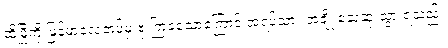
ထိုမြို့ကို မြန်မာ့လေတပ်မှ ဗုံးကြဲခဲ့သောကြောင့် အရပ်သား အချို့ သေဆုံးသွားရသည်။